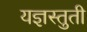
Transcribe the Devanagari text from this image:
यज्ञस्तुती